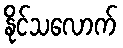
နိုင်သလောက်